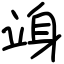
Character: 竧